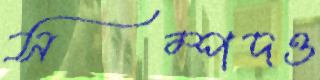
সম্পদও